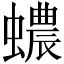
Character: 𧓅